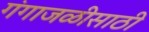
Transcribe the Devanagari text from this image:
गंगाजळीसाठी